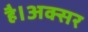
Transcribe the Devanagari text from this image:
है।अक्सर